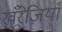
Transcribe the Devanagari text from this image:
खू़ँरेज़ियाँ